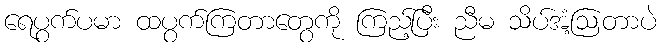
ရေပွက်ပမာ ထပွက်ကြတာတွေကို ကြည့်ပြီး ညီမ သိပ်အံ့ဩတာပဲ